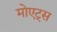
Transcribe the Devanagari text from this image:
मोएट्स